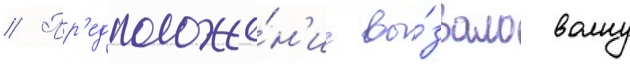
// Пр'едположе́н'ие вы́звало волну